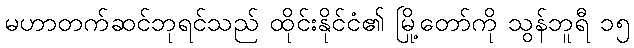
မဟာတက်ဆင်ဘုရင်သည် ထိုင်းနိုင်ငံ၏ မြို့တော်ကို သွန်ဘူရီ ၁၅